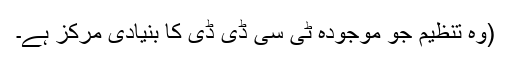
(وہ تنظیم جو موجودہ ٹی سی ڈی ڈی کا بنیادی مرکز ہے۔